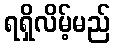
ရရှိလိမ့်မည်